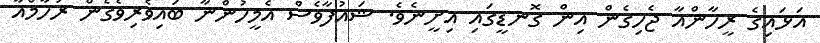
އަޅައިގެ ރީހާންއާ ޖެހިގެން އިން ގޮނޑީގައި އިށީނެވެ. ޝައުފާވެސް އެމީހުންނާ ބައިވެރިވެގެން ރުހާމްއާ